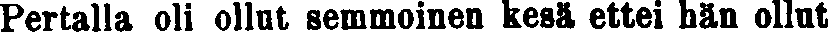
Pertalla oli ollut semmoinen kesä ettei hän ollut